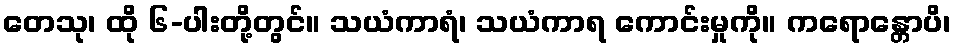
တေသု၊ ထို ၆-ပါးတို့တွင်။ သယံကာရံ၊ သယံကာရ ကောင်းမှုကို။ ကရောန္တောပိ၊